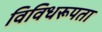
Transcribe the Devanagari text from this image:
विविधरूपता